Vaccination in Bombay 1856-1862 - 1856-1862
Year: 1856
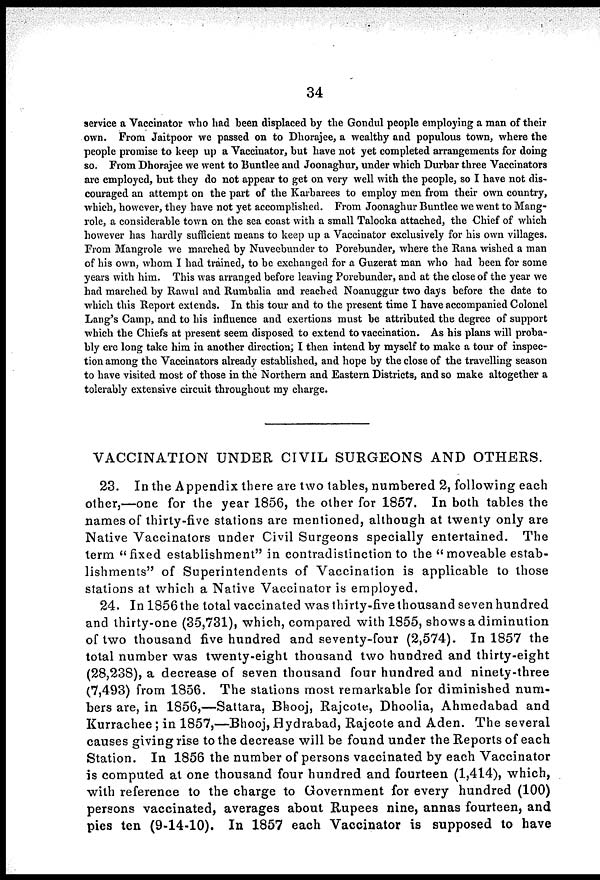
34
service a Vaccinator who had been displaced by the Gondul people employing a man of their
own. From Jaitpoor we passed on to Dhorajee, a wealthy and populous town, where the
people promise to keep up a Vaccinator, but have not yet completed arrangements for doing
so. From Dhorajee we went to Buntlee and Joonaghur, under which Durbar three Vaccinators
are employed, but they do not appear to get on very well with the people, so I have not dis-
couraged an attempt on the part of the Karbarees to employ men from their own country,
which, however, they have not yet accomplished. From Joonaghur Buntlee we went to Mang¬
role, a considerable town on the sea coast with a small Talooka attached, the Chief of which
however has hardly sufficient means to keep up a Vaccinator exclusively for his own villages.
From Mangrole we marched by Nuveebunder to Porebunder, where the Rana wished a man
of his own, whom I had trained, to be exchanged for a Guzerat man who had been for some
years with him. This was arranged before leaving Porebunder, and at the close of the year we
had marched by Rawul and Rumbalia and reached Noanuggur two days before the date to
which this Report extends. In this tour and to the present time I have accompanied Colonel
Lang's Camp, and to his influence and exertions must be attributed the degree of support
which the Chiefs at present seem disposed to extend to vaccination. As his plans will proba-
bly ere long take him in another direction; I then intend by myself to make a tour of inspec-
tion among the Vaccinators already established, and hope by the close of the travelling season
to have visited most of those in the Northern and Eastern Districts, and so make altogether a
tolerably extensive circuit throughout my charge.
VACCINATION UNDER CIVIL SURGEONS AND OTHERS.
23. In the Appendix there are two tables, numbered 2, following each
other,—one for the year 1856, the other for 1857. In both tables the
names of thirty-five stations are mentioned, although at twenty only are
Native Vaccinators under Civil Surgeons specially entertained. The
term "fixed establishment" in contradistinction to the "moveable estab-
lishments" of Superintendents of Vaccination is applicable to those
stations at which a Native Vaccinator is employed.
24. In 1856 the total vaccinated was thirty-five thousand seven hundred
and thirty-one (35,731), which, compared with 1855, shows a diminution
of two thousand five hundred and seventy-four (2,574). In 1857 the
total number was twenty-eight thousand two hundred and thirty-eight
(28,238), a decrease of seven thousand four hundred and ninety-three
(7,493) from 1856. The stations most remarkable for diminished num-
bers are, in 1856,—Sattara, Bhooj, Rajcote, Dhoolia, Ahmedabad and
Kurrachee; in 1857,—Bhooj, Hydrabad, Rajcote and Aden. The several
causes giving rise to the decrease will be found under the Reports of each
Station. In 1856 the number of persons vaccinated by each Vaccinator
is computed at one thousand four hundred and fourteen (1,414), which,
with reference to the charge to Government for every hundred (100)
persons vaccinated, averages about Rupees nine, annas fourteen, and
pies ten (9-14-10). In 1857 each Vaccinator is supposed to have